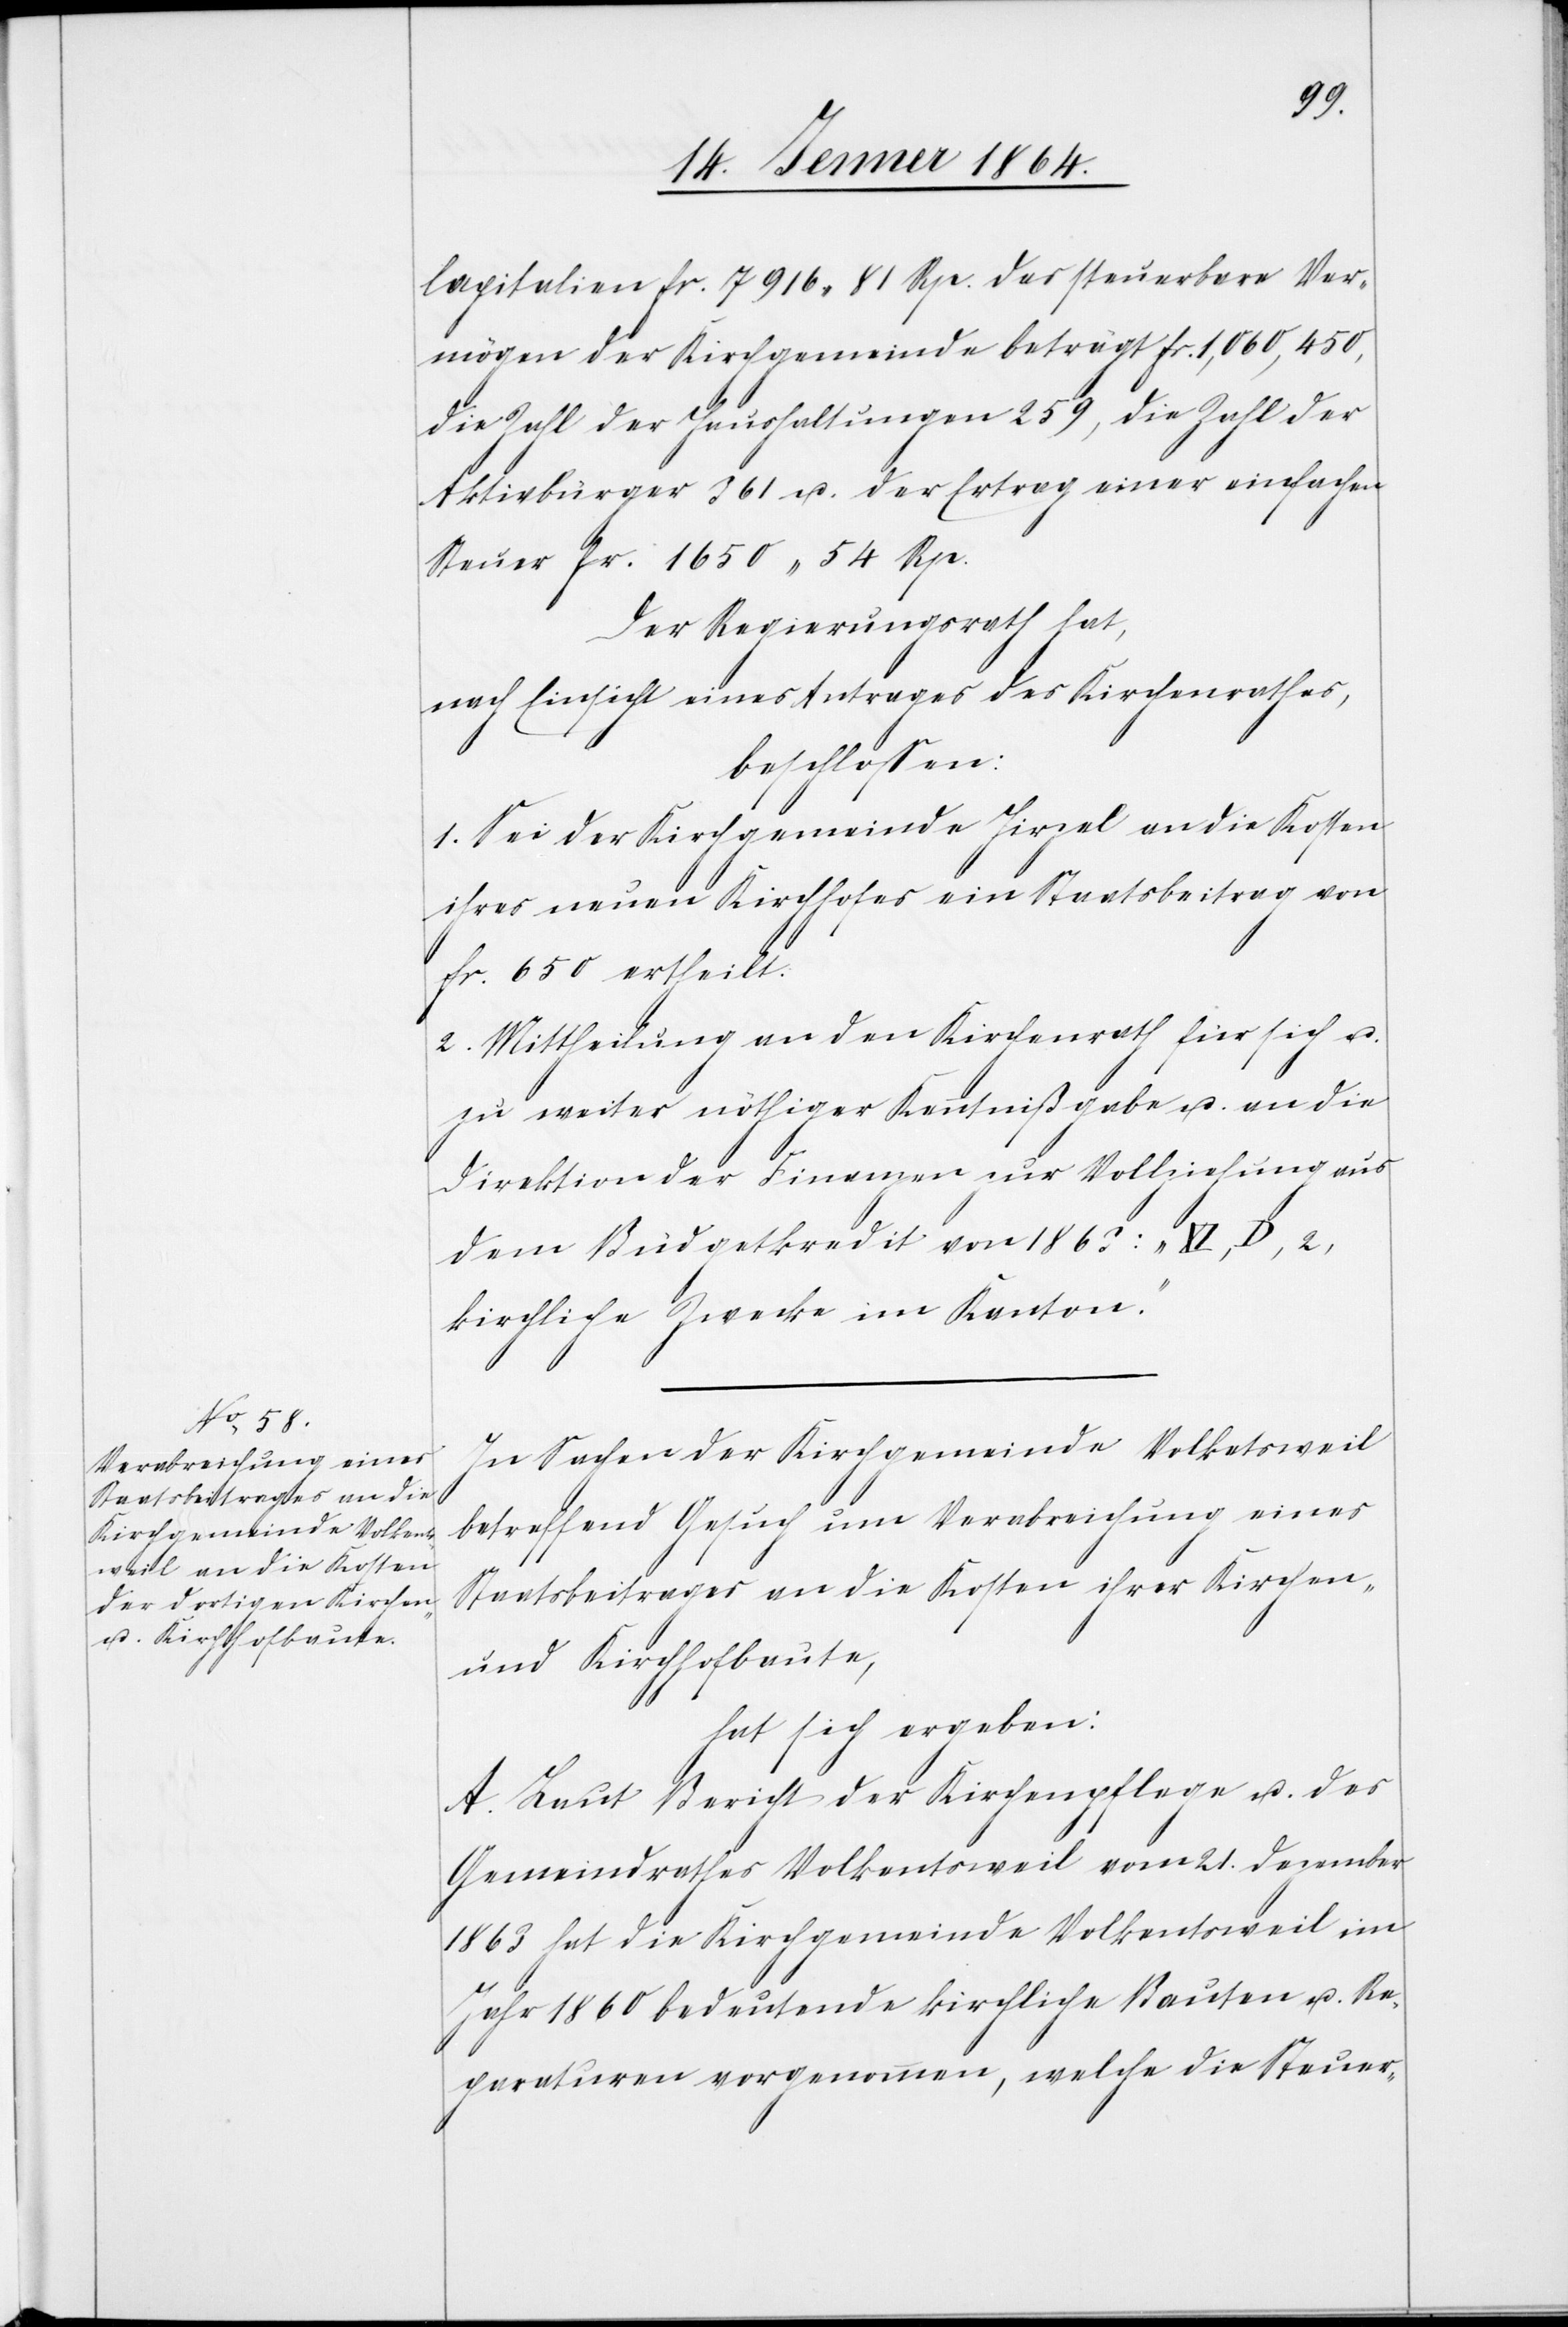
Capitalien fr. 7916 81 Rp. Das steuerbare Ver¬
mögen der Kirchgemeinde beträgt fr. 1,060,450,
die Zahl der Haushaltungen 259, die Zahl der
Aktivbürger 361 u. der Ertrag einer einfachen
Steuer fr. 1650 54 Rp.
Der Regierungsrath hat,
nach Einsicht eines Antrages des Kirchenrathes,
beschlossen:
1. Sei der Kirchgemeinde Hirzel an die Kosten
ihres neuen Kirchhofes ein Staatsbeitrag von
fr. 650 ertheilt.
2. Mittheilung an den Kirchenrath für sich u.
zu weiter nöthiger Kenntnißgabe u. an die
Direktion der Finanzen zur Vollziehung aus
dem Budgetkredit von 1863 : „XL, D, 2,
kirchliche Zwecke im Kanton.“
In Sachen der Kirchgemeinde Volketsweil
betreffend Gesuch um Verabreichung eines
Staatsbeitrages an die Kosten ihrer Kirchen-
und Kirchhofbaute,
hat sich ergeben:
A. Laut Bericht der Kirchenpflege u. des
Gemeindrathes Volkentsweil vom 21. Dezember
1863 hat die Kirchgemeinde Volkentsweil im
Jahr 1860 bedeutende kirchliche Bauten u. Re¬
paraturen vorgenommen, welche die Steuer-